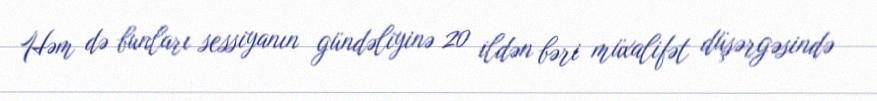
Həm də bunları sessiyanın gündəliyinə 20 ildən bəri müxalifət düşərgəsində